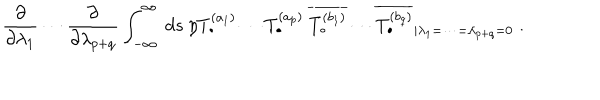
\frac { \partial } { \partial \lambda _ { 1 } } \cdots \frac { \partial } { \partial \lambda _ { p + q } } \int _ { - \infty } ^ { \infty } \: d s \: \eta \left. T _ { \bullet } ^ { ( a _ { 1 } ) } \cdots T _ { \bullet } ^ { ( a _ { p } ) } \: \overline { { { T _ { \bullet } ^ { ( b _ { 1 } ) } } } } \cdots \overline { { { T _ { \bullet } ^ { ( b _ { q } ) } } } } \right. _ { | \lambda _ { 1 } = \cdots = \lambda _ { p + q } = 0 } \; .